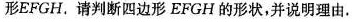
形EFGH。请判断四边形EFGH的形状，并说明理由.